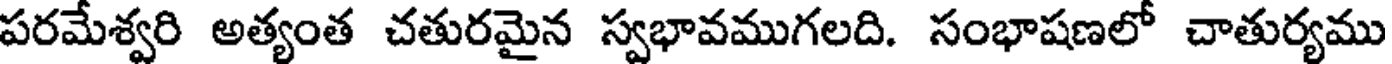
పరమేశ్వరి అత్యంత చతురమైన స్వభావముగలది. సంభాషణలో చాతుర్యము